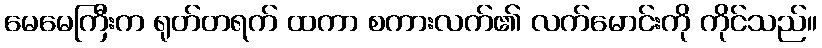
မေမေကြီးက ရုတ်တရက် ထကာ စကားလက်၏ လက်မောင်းကို ကိုင်သည်။